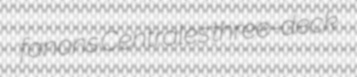
fanons Centrales three-deck